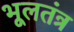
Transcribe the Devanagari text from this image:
भूलतंत्र